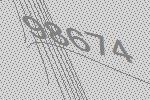
98674